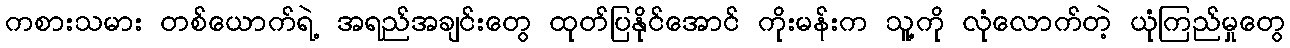
ကစားသမား တစ်ယောက်ရဲ့ အရည်အချင်းတွေ ထုတ်ပြနိုင်အောင် ကိုးမန်းက သူ့ကို လုံလောက်တဲ့ ယုံကြည်မှုတွေ